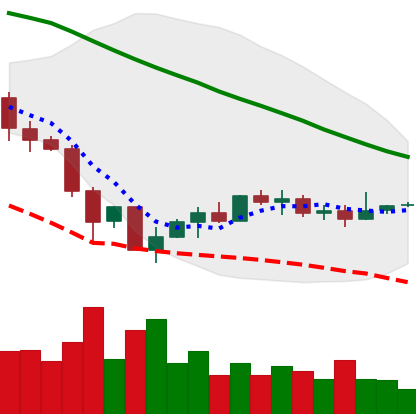
Ticker: EOS-USD
Chart end date: 2019-12-07
Forward return: -5.225%
Label: down_5_7